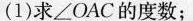
(1)求∠OAC的度数；